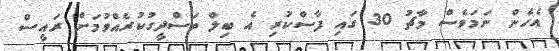
އެހެން ނަމަވެސް މާޗު 30 ގައި ފާސްކުރި އެ ބިލް ތަސްދީގުކުރެއްވުމަށް ރައީސް